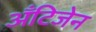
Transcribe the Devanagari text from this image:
अँटिजेन